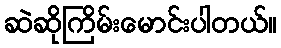
ဆဲဆိုကြိမ်းမောင်းပါတယ်။